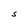
Character: S